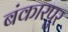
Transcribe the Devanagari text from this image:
बंकारपुर